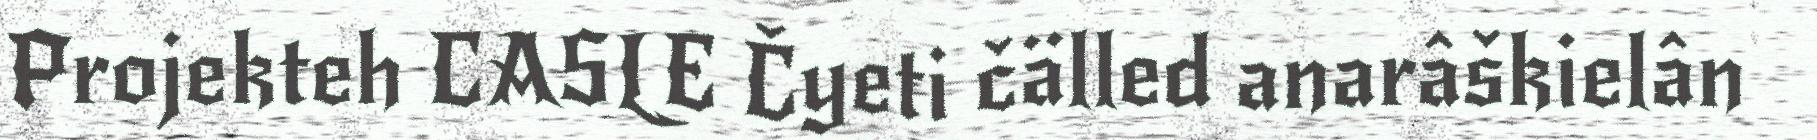
Projekteh CASLE Čyeti čälled anarâškielân